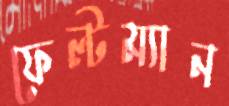
ফেল্টম্যান